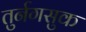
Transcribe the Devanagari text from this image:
तुर्नगसुक